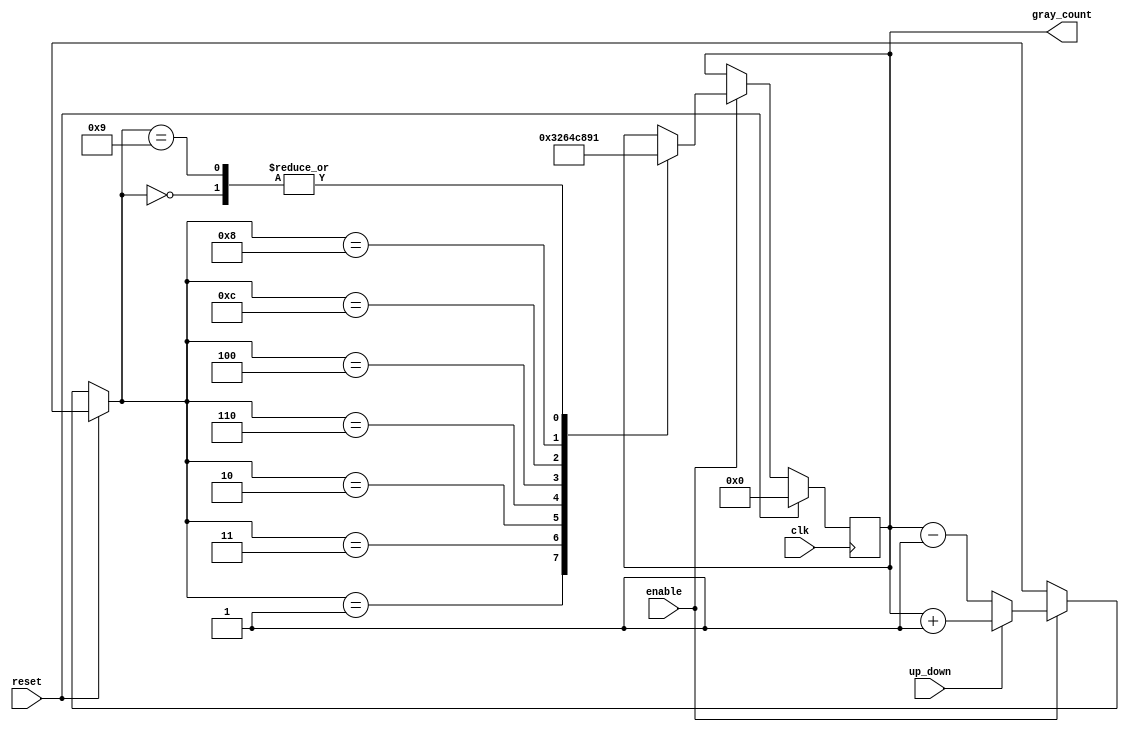
module gray_counter (
    input wire clk,
    input wire reset,
    input wire enable,
    input wire up_down,
    output reg [3:0] gray_count
);

reg [3:0] next_count;

always @(posedge clk) begin
    if (reset) begin
        gray_count <= 4'b0000;
    end else if (enable) begin
        if (up_down) begin
            next_count = gray_count + 1;
        end else begin
            next_count = gray_count - 1;
        end
        
        case (next_count)
            4'b0000: gray_count <= 4'b0001;
            4'b0001: gray_count <= 4'b0011;
            4'b0011: gray_count <= 4'b0010;
            4'b0010: gray_count <= 4'b0110;
            4'b0110: gray_count <= 4'b0100;
            4'b0100: gray_count <= 4'b1100;
            4'b1100: gray_count <= 4'b1000;
            4'b1000: gray_count <= 4'b1001;
            4'b1001: gray_count <= 4'b0001;
        endcase
    end
end

always @(*) begin
    if (gray_count == 4'b1111 && up_down) begin
        next_count = 4'b0000;
    end else if (gray_count == 4'b0000 && !up_down) begin
        next_count = 4'b1111;
    end
end

endmodule